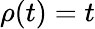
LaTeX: \rho(t)=t